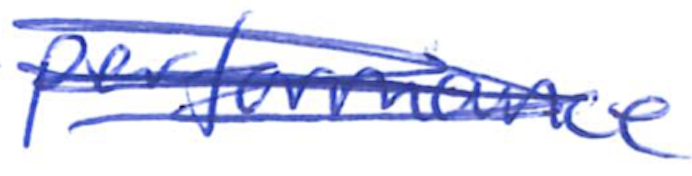
Text: performance
Cross-out: scratch
Writing tool: ballpoint